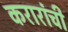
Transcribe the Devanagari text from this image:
करारांची